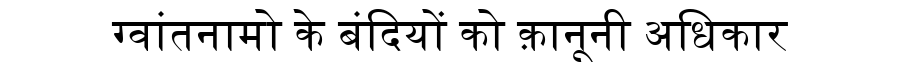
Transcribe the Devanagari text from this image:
ग्वांतनामो के बंदियों को क़ानूनी अधिकार